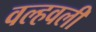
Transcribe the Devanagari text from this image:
वल्हवली